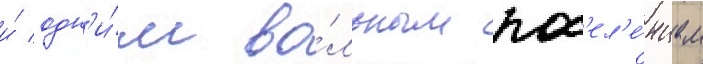
и́ одн'и́м во́льным пос'ел'е́нцем